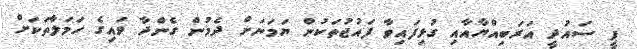
ޕީ ސައުދީ އަރަބިއްޔާއާއި ގުޅިފައިވާ ފައުޖުތަކުން ޔަމަނަށް ދެމުން ގެންދާ ވައިގެ ހަމަލާތަކަށް